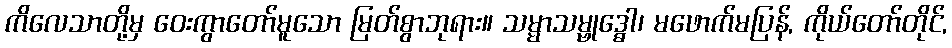
ကိလေသာတို့မှ ဝေးကွာတော်မူသော မြတ်စွာဘုရား။ သမ္မာသမ္ဗုဒ္ဓေါ၊ မဖောက်မပြန်, ကိုယ်တော်တိုင်,